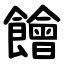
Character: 䭝